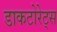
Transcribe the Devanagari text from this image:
डाकटोरेट्स